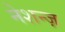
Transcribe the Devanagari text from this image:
नेशन्ज़